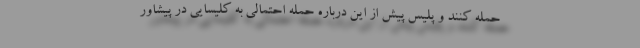
حمله کنند و پلیس پیش از این درباره حمله احتمالی به کلیسایی در پیشاور